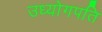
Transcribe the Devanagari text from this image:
उध्योगपति